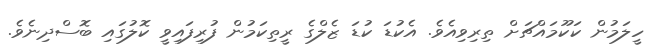
ހީލަމުން ކަކޫމައްޗަށް ތިރިވިއެވެ. އެކުޑަ ކުޑަ ޒެލްގެ ރީތިކަމުން ފުރިފައިވީ ކޮލުގައި ބޮސްދިނެވެ.